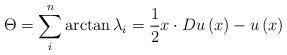
LaTeX: \begin{align*}\Theta=\sum_{i}^{n}\arctan\lambda_{i}=\frac{1}{2}x\cdot Du\left( x\right)-u\left( x\right) \end{align*}